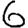
Digit: 6